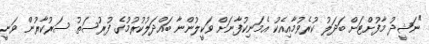
"ނަޝީދު މާފުށްޓަށް ބަދަލު ކުރެވުމާއިއެކު އެމަނިކުފާނަށް ވަކީލުންނާ ބައްދަލުކުރުމުގެ ފުރުސަތު ސަރުކާރުން ވަނީ